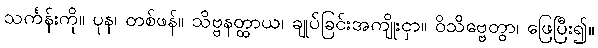
သင်္ကန်းကို။ ပုန၊ တစ်ဖန်။ သိဗ္ဗနတ္ထာယ၊ ချုပ်ခြင်းအကျိုးငှာ။ ဝိသိဗ္ဗေတွာ၊ ဖြေပြီး၍။